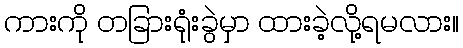
ကားကို တခြားရုံးခွဲမှာ ထားခဲ့လို့ရမလား။